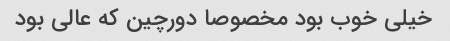
خیلی خوب بود مخصوصا دورچین که عالی بود